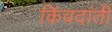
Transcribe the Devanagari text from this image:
किंवदांती